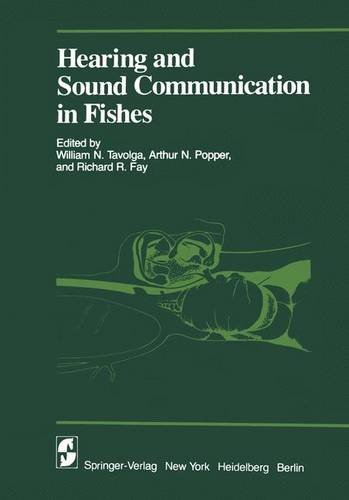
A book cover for Hearing and Sound Communication in Fishes (Proceedings in Life Sciences); Sports & Outdoors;